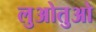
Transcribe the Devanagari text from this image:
लुओतुओ